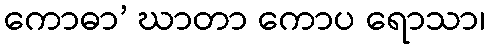
ကောဓာ’ ဃာတာ ကောပ ရောသာ၊